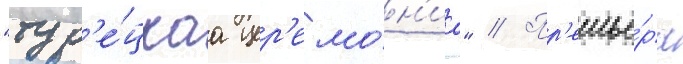
"тур'е́цкаа цер'емо́н'иа" // Пр'емье́ра